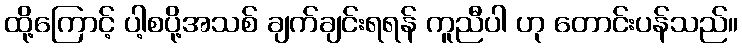
ထို့ကြောင့် ပါ့စပို့အသစ် ချက်ချင်းရရန် ကူညီပါ ဟု တောင်းပန်သည်။